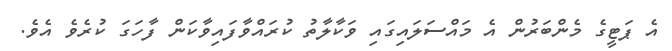
އެ ޕަޓީގެ މެންބަރުން އެ މައްސަލައިގައި ވަކާލާތު ކުރައްވާފައިވާކަން ފާހަގަ ކުރެވެ އެވެ.